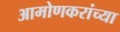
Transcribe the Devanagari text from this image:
आमोणकरांच्या